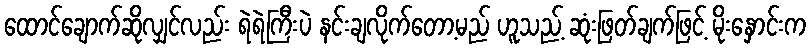
ထောင်ချောက်ဆိုလျှင်လည်း ရဲရဲကြီးပဲ နင်းချလိုက်တော့မည် ဟူသည့် ဆုံးဖြတ်ချက်ဖြင့် မိုးနှောင်းက